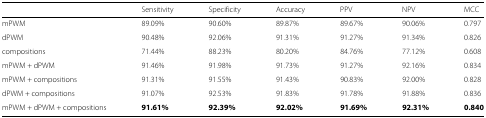
<table><thead><tr><td></td><td><b>Sensitivity</b></td><td><b>Specificity</b></td><td><b>Accuracy</b></td><td><b>PPV</b></td><td><b>NPV</b></td><td><b>MCC</b></td></tr></thead><tbody><tr><td>mPWM</td><td>89.09%</td><td>90.60%</td><td>89.87%</td><td>89.67%</td><td>90.06%</td><td>0.797</td></tr><tr><td>dPWM</td><td>90.48%</td><td>92.06%</td><td>91.31%</td><td>91.27%</td><td>91.34%</td><td>0.826</td></tr><tr><td>compositions</td><td>71.44%</td><td>88.23%</td><td>80.20%</td><td>84.76%</td><td>77.12%</td><td>0.608</td></tr><tr><td>mPWM + dPWM</td><td>91.46%</td><td>91.98%</td><td>91.73%</td><td>91.27%</td><td>92.16%</td><td>0.834</td></tr><tr><td>mPWM + compositions</td><td>91.31%</td><td>91.55%</td><td>91.43%</td><td>90.83%</td><td>92.00%</td><td>0.828</td></tr><tr><td>dPWM + compositions</td><td>91.07%</td><td>92.53%</td><td>91.83%</td><td>91.78%</td><td>91.88%</td><td>0.836</td></tr><tr><td>mPWM + dPWM + compositions</td><td><b>91.61%</b></td><td><b>92.39%</b></td><td><b>92.02%</b></td><td><b>91.69%</b></td><td><b>92.31%</b></td><td><b>0.840</b></td></tr></tbody></table>